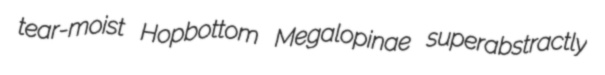
tear-moist Hopbottom Megalopinae superabstractly